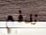
ندفع